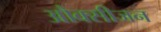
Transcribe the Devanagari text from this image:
औक्सीजन